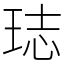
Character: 𤥴